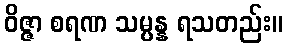
ဝိဇ္ဇာ စရဏ သမ္ပန္န ရသတည်း။